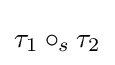
\tau _{1}\circ _{s}\tau _{2}